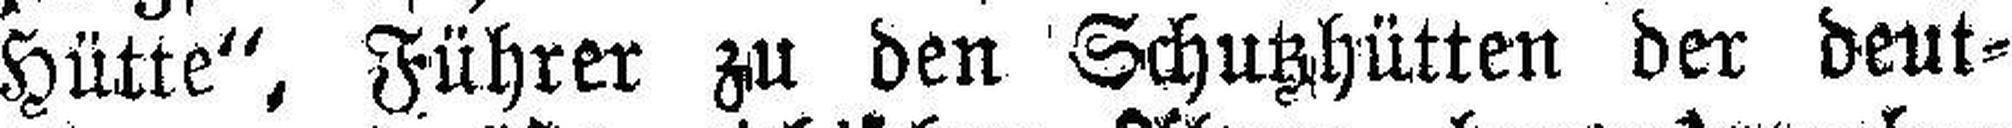
Hütte“, Führer zu den Schutzhütten der deut¬